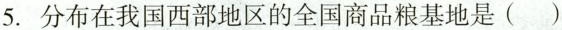
5.分布在我国西部地区的全国商品粮基地是()